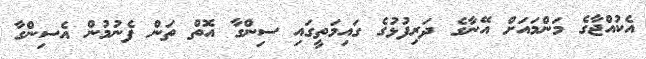
އެކުއްޖާގެ މަންމައަށް އޭނާގެ ދަރިފުޅުގެ ގައިމަތީގައި ސިންގާ އޮތް ތަން ފެނުމުން އެސިންގާ